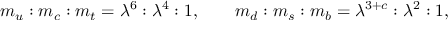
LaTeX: m _ { u } : m _ { c } : m _ { t } = \lambda ^ { 6 } : \lambda ^ { 4 } : 1 , \qquad m _ { d } : m _ { s } : m _ { b } = \lambda ^ { 3 + c } : \lambda ^ { 2 } : 1 ,